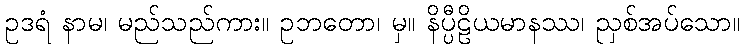
ဥဒရံ နာမ၊ မည်သည်ကား။ ဥဘတော၊ မှ။ နိပ္ပီဠိယမာနဿ၊ ညှစ်အပ်သော။